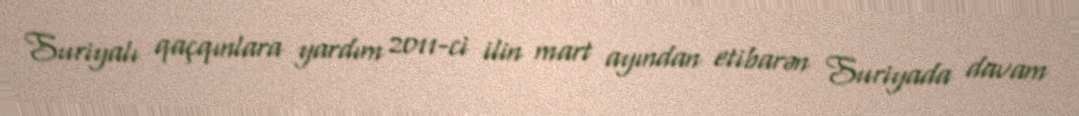
Suriyalı qaçqınlara yardım 2011-ci ilin mart ayından etibarən Suriyada davam